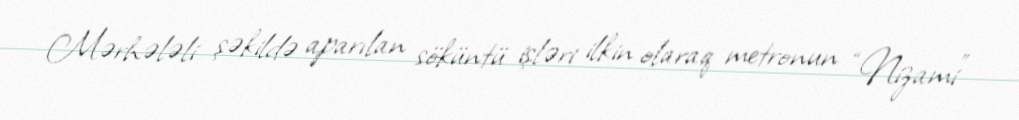
Mərhələli şəkildə aparılan söküntü işləri ilkin olaraq metronun “Nizami”